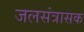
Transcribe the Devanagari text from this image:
जलसंत्रासक